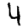
Digit: 4